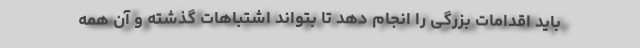
باید اقدامات بزرگی را انجام دهد تا بتواند اشتباهات گذشته و آن همه